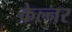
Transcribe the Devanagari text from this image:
केल्नर